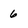
Character: 6